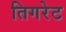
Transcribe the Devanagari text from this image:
तिगरेट